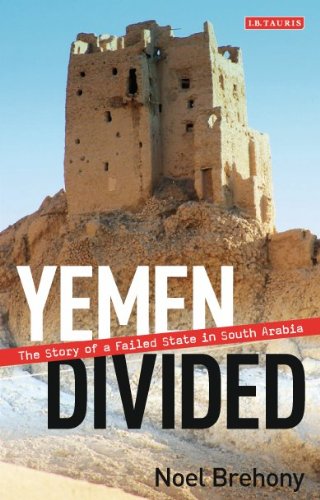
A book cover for Yemen Divided: The Story of a Failed State in South Arabia; Noel Brehony; History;